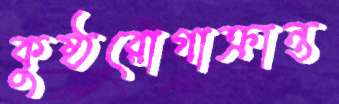
কুষ্ঠরোগাক্রান্ত